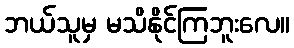
ဘယ်သူမှ မသိနိုင်ကြဘူးလေ။